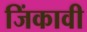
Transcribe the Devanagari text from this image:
जिंकावी